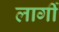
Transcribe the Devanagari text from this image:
लार्गी